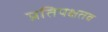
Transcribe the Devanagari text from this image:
प्रतिपक्षतव